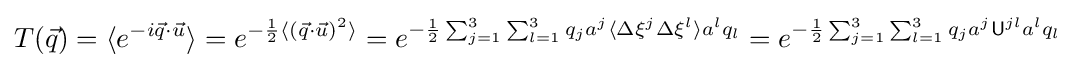
T({\vec {q}})=\langle e^{-i{\vec {q}}\cdot {\vec {u}}}\rangle =e^{-{\frac {1}{2}}\langle ({\vec {q}}\cdot {\vec {u}})^{2}\rangle }=e^{-{\frac {1}{2}}\sum _{j=1}^{3}\sum _{l=1}^{3}q_{j}a^{j}\langle \Delta \xi ^{j}\Delta \xi ^{l}\rangle a^{l}q_{l}}=e^{-{\frac {1}{2}}\sum _{j=1}^{3}\sum _{l=1}^{3}q_{j}a^{j}{\mathsf {U}}^{jl}a^{l}q_{l}}